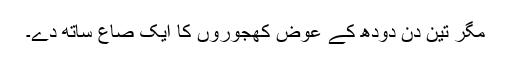
مگر تین دن دودھ کے عوض کھجوروں کا ایک صاع ساتھ دے۔